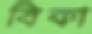
বিকা